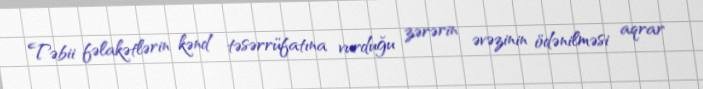
Təbii fəlakətlərin kənd təsərrüfatına vurduğu zərərin əvəzinin ödənilməsi aqrar